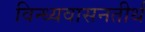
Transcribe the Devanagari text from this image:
विन्ध्यवासनतीर्थ